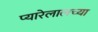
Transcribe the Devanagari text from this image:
प्यारेलालच्या